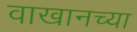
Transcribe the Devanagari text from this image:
वाखानच्या